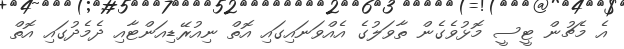
އެ މެޗުން ޓީސީ މޮޅުވެގެން ތާވަލުގެ އެއްވަނައިގައި އޮތް ނިއުރޭޑިއަންޓާއި ދެމެދުގައި އޮތް